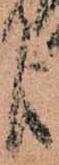
よ